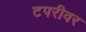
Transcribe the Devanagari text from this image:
टपरीवर